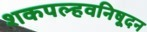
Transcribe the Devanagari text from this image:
शकपल्हवनिषूदन